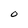
Character: O